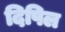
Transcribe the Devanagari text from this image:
दिपिल